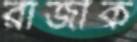
রাজীক